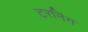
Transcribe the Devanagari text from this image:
टरनिंग